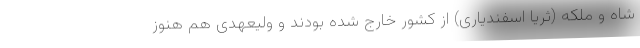
شاه و ملکه (ثریا اسفندیاری) از کشور خارج شده بودند و ولیعهدی هم هنوز